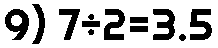
9) 7÷2=3.5